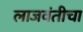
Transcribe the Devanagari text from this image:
लाजवंतीचा